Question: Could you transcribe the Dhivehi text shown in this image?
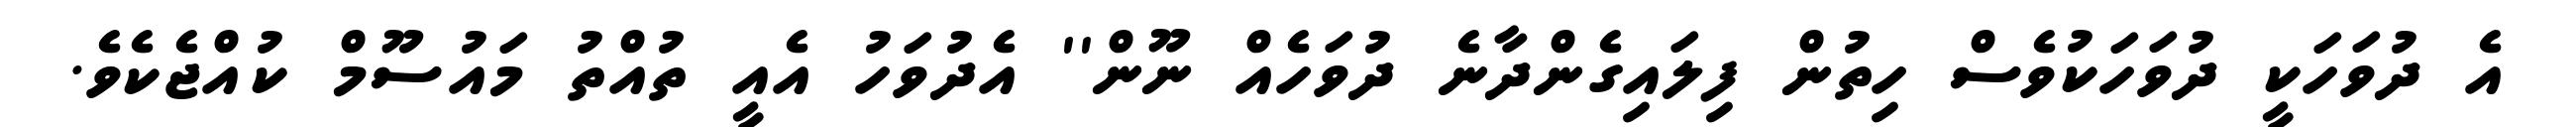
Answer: އެ ދުވަހަކީ ދުވަހަކުވެސް ހިތުން ފިލައިގެންދާނެ ދުވަހެއް ނޫން'' އެދުވަހު އެއީ ތުއްތު މައުސޫމް ކުއްޖެކެވެ.